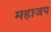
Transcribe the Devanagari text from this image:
महाजप